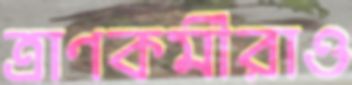
ত্রাণকর্মীরাও